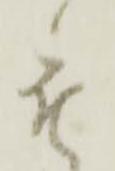
被